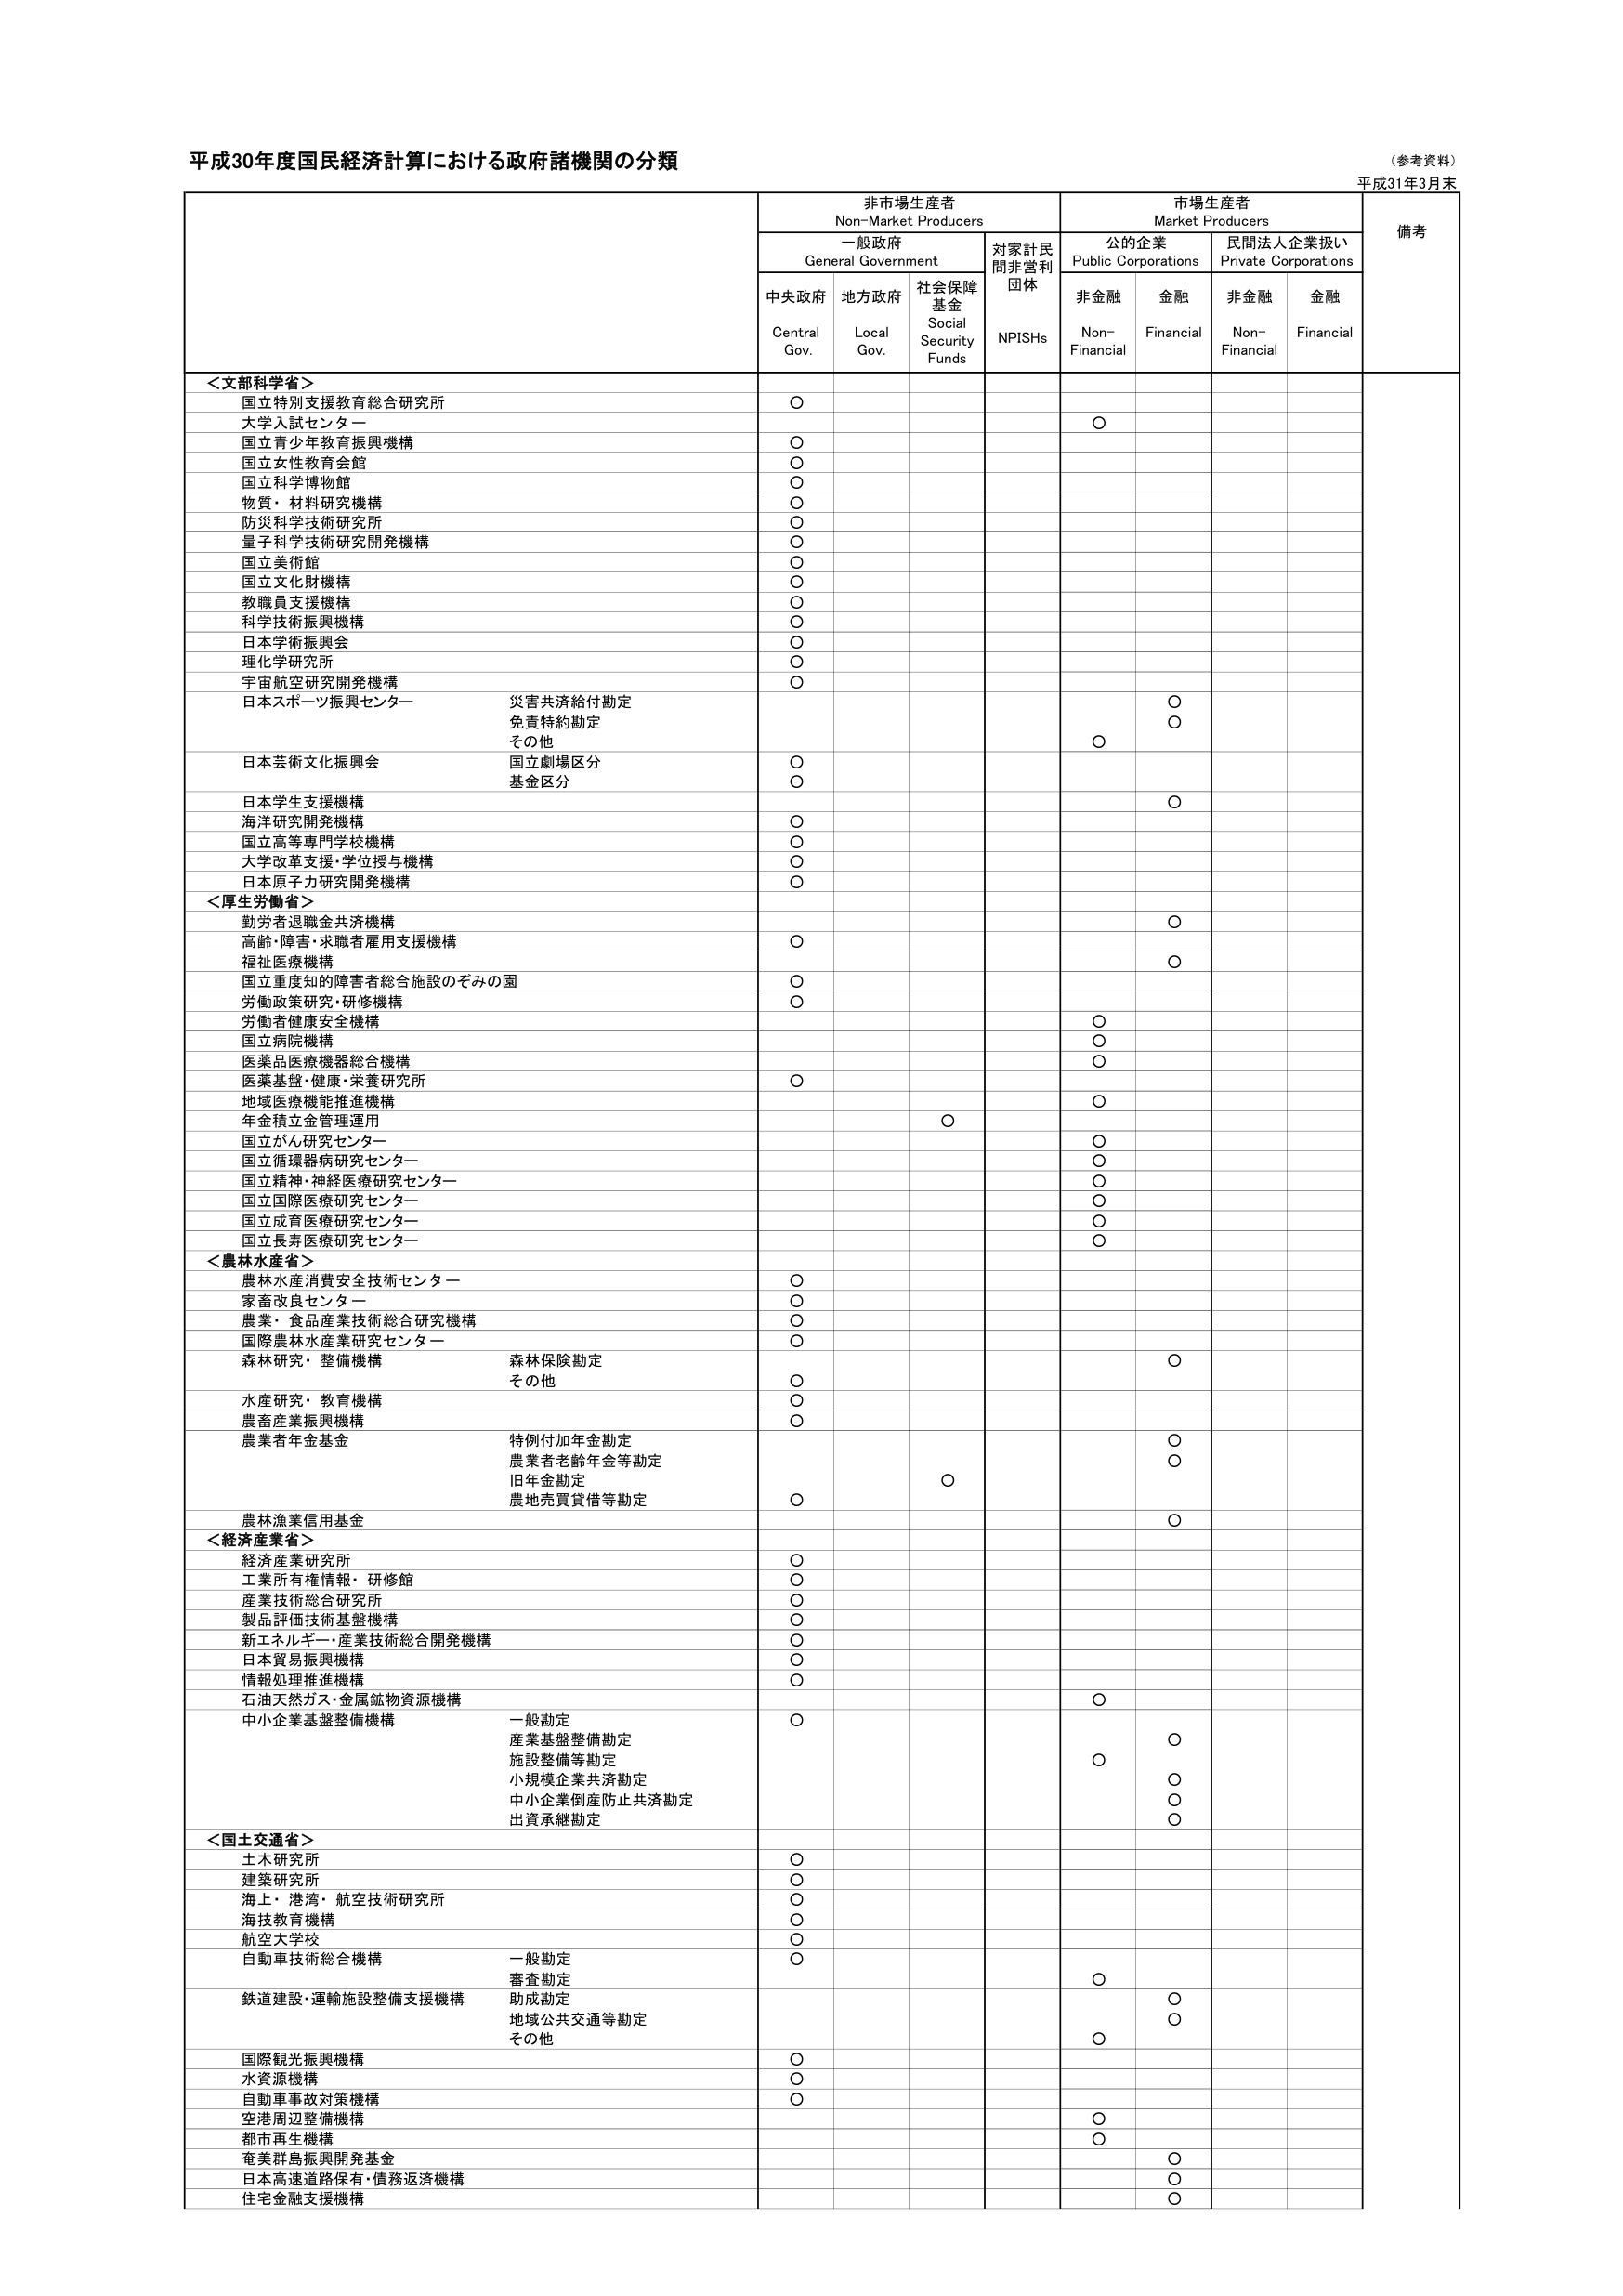
平成30年度国民経済計算における政府諸機関の分類
（参考資料）
平成31年3月末

非市場生産者
Non-Market Producers
市場生産者
Market Producers
備考

一般政府
General Government
対家計民間非営利団体
NPI SHs
公の企業
Public Corporations
民間法人企業扱い
Private Corporations

中央政府
Central Gov.
地方政府
Local Gov.
社会保障基金
Social Security Funds
非金融
Non-Financial
金融
Financial
非金融
Non-Financial
金融
Financial

＜文部科学省＞
国立特別支援教育総合研究所
○
大学入試センター
○
国立青少年教育振興機構
○
国立女性教育会館
○
国立科学博物館
○
物質・材料研究機構
○
防災科学技術研究所
○
量子科学技術研究開発機構
○
国立美術館
○
国立文化財機構
○
教職員支援機構
○
科学技術振興機構
○
日本学術振興会
○
理化学研究所
○
宇宙航空研究開発機構
○
日本スポーツ振興センター
災害共済給付勘定
○
免責特約勘定
○
その他
○
日本芸術文化振興会
国立劇場区分
○
基金区分
○
日本学生支援機構
○
海洋研究開発機構
○
国立高等専門学校機構
○
大学改革支援・学位授与機構
○
日本原子力研究開発機構
○

＜厚生労働省＞
勤労者退職金共済機構
○
高齢・障害・求職者雇用支援機構
○
福祉医療機構
○
国立重度知的障害者総合施設のぞみの園
○
労働政策研究・研修機構
○
労働者健康安全機構
○
国立病院機構
○
医薬品医療機器総合機構
○
医薬基盤・健康・栄養研究所
○
地域医療機能推進機構
○
年金積立金管理運用
○
国立がん研究センター
○
国立循環器病研究センター
○
国立精神・神経医療研究センター
○
国立国際医療研究センター
○
国立成育医療研究センター
○
国立長寿医療研究センター
○

＜農林水産省＞
農林水産消費安全技術センター
○
家畜改良センター
○
農業・食品産業技術総合研究機構
○
国際農林水産業研究センター
○
森林研究・整備機構
森林保険勘定
○
その他
○
水産研究・教育機構
○
農畜産業振興機構
○
農業者年金基金
特例付加年金勘定
○
農業者老齢年金等勘定
○
旧年金勘定
○
農地売買貸借等勘定
○
農林漁業信用基金
○

＜経済産業省＞
経済産業研究所
○
工業所有権情報・研修館
○
産業技術総合研究所
○
製品評価技術基盤機構
○
新エネルギー・産業技術総合開発機構
○
日本貿易振興機構
○
情報処理推進機構
○
石油天然ガス・金属鉱物資源機構
○
中小企業基盤整備機構
一般勘定
○
産業基盤整備勘定
○
施設整備等勘定
○
小規模企業共済勘定
○
中小企業倒産防止共済勘定
○
出資承継勘定
○

＜国土交通省＞
土木研究所
○
建築研究所
○
海上・港湾・航空技術研究所
○
海技教育機構
○
航空大学校
○
自動車技術総合機構
一般勘定
○
審査勘定
○
鉄道建設・運輸施設整備支援機構
助成勘定
○
地域公共交通等勘定
○
その他
○
国際観光振興機構
○
水資源機構
○
自動車事故対策機構
○
空港周辺整備機構
○
都市再生機構
○
奄美群島振興開発基金
○
日本高速道路保有・債務返済機構
○
住宅金融支援機構
○